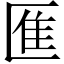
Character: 龨